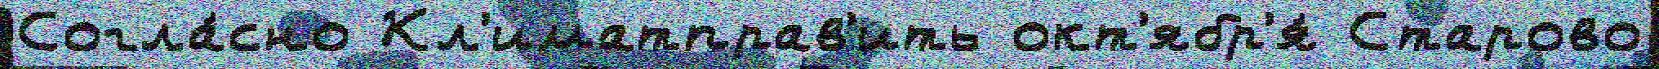
Согла́сно Кл'иматправ'ить окт'ябр'я́ Старово